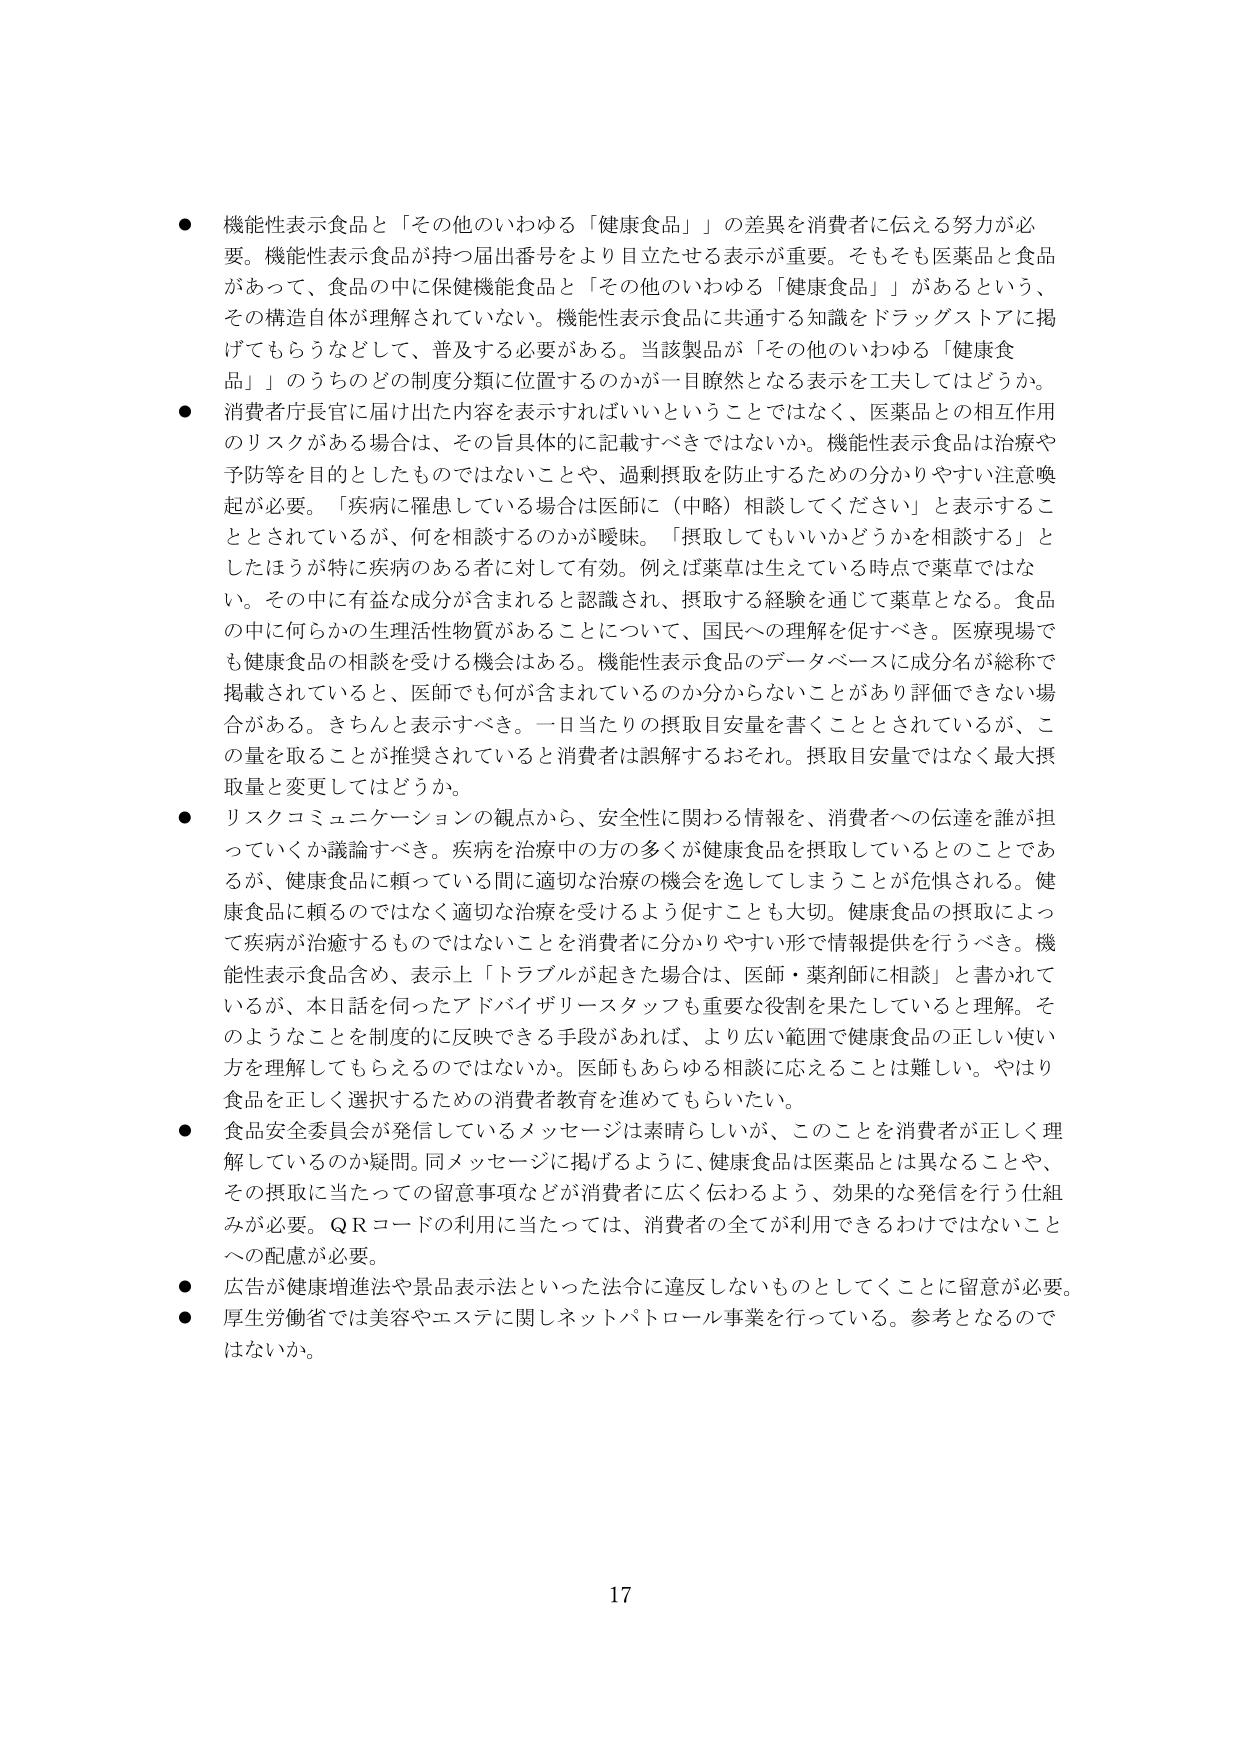
● 機能性表示食品と「その他のいわゆる「健康食品」」の差異を消費者に伝える努力が必要。機能性表示食品が持つ届出番号をより目立たせる表示が重要。そもそも医薬品と食品があって、食品の中に保健機能食品と「その他のいわゆる「健康食品」」があるという、その構造自体が理解されていない。機能性表示食品に共通する知識をドラッグストアに掲げてもらうなどして、普及する必要がある。当該製品が「その他のいわゆる「健康食品」」のうちどの制度分類に位置するのかが一目瞭然となる表示を工夫してはどうか。

● 消費者庁長官に届け出た内容を表示すればいいということではなく、医薬品との相互作用のリスクがある場合は、その旨具体的に記載すべきではないか。機能性表示食品は治療や予防等を目的としたものではないことや、過剰摂取を防止するための分かりやすい注意喚起が必要。「疾病に罹患している場合は医師に（中略）相談してください」と表示することとされているが、何を相談するのかが曖昧。「摂取してもいいかどうかを相談する」としたほうが特に疾病のある者に対して有効。例えば薬草は生えている時点で薬草ではない。その中に有益な成分が含まれると認識され、摂取する経験を通じて薬草となる。食品の中に何らかの生理活性物質があることについて、国民への理解を促すべき。医療現場でも健康食品の相談を受ける機会はある。機能性表示食品のデータベースに成分名が総称で掲載されていると、医師でも何が含まれているのか分からないことがあり評価できない場合がある。きちんと表示すべき。一日当たりの摂取目安量を書くこととされているが、この量を取ることが推奨されていると消費者は誤解するおそれ。摂取目安量ではなく最大摂取量と変更してはどうか。

● リスクコミュニケーションの観点から、安全性に関わる情報を、消費者への伝達を誰が担っていくか議論すべき。疾病を治療中の方の多くが健康食品を摂取しているとのことであるが、健康食品に頼っている間に適切な治療の機会を逸してしまうことが危惧される。健康食品に頼るのではなく適切な治療を受けるよう促すことも大切。健康食品の摂取によって疾病が治癒するものではないことを消費者に分かりやすい形で情報提供を行うべき。機能性表示食品含め、表示上「トラブルが起きた場合は、医師・薬剤師に相談」と書かれているが、本日話を伺ったアドバイザリースタッフも重要な役割を果たしていると理解。そのようなことを制度的に反映できる手段があれば、より広い範囲で健康食品の正しい使い方を理解してもらえるのではないか。医師もあらゆる相談に応えることは難しい。やはり食品を正しく選択するための消費者教育を進めてもらいたい。

● 食品安全委員会が発信しているメッセージは素晴らしいが、このことを消費者が正しく理解しているのか疑問。同メッセージに掲げるように、健康食品は医薬品とは異なることや、その摂取に当たっての留意事項などが消費者に広く伝わるよう、効果的な発信を行う仕組みが必要。QRコードの利用に当たっては、消費者の全てが利用できるわけではないことへの配慮が必要。

● 広告が健康増進法や景品表示法といった法令に違反しないものとしてくことに留意が必要。

● 厚生労働省では美容やエステに関しネットパトロール事業を行っている。参考となるのではないか。

17